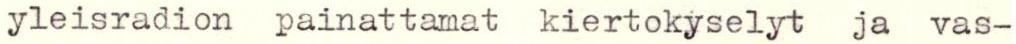
yleisradion painattamat kiertokyselyt ja vas-